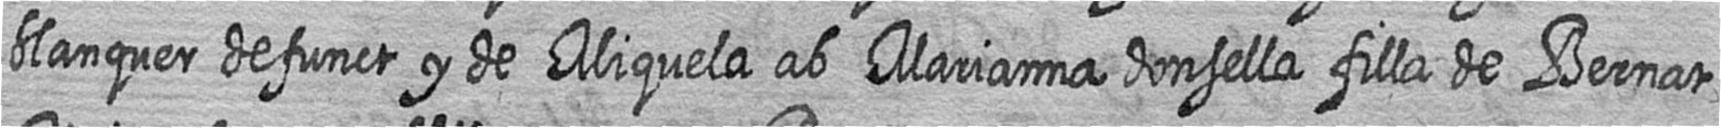
blanquer defunct y de Miquela ab Marianna donsella filla de Bernat